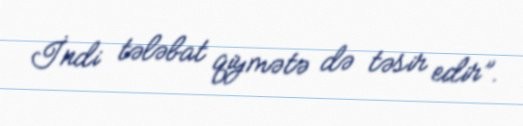
İndi tələbat qiymətə də təsir edir”.